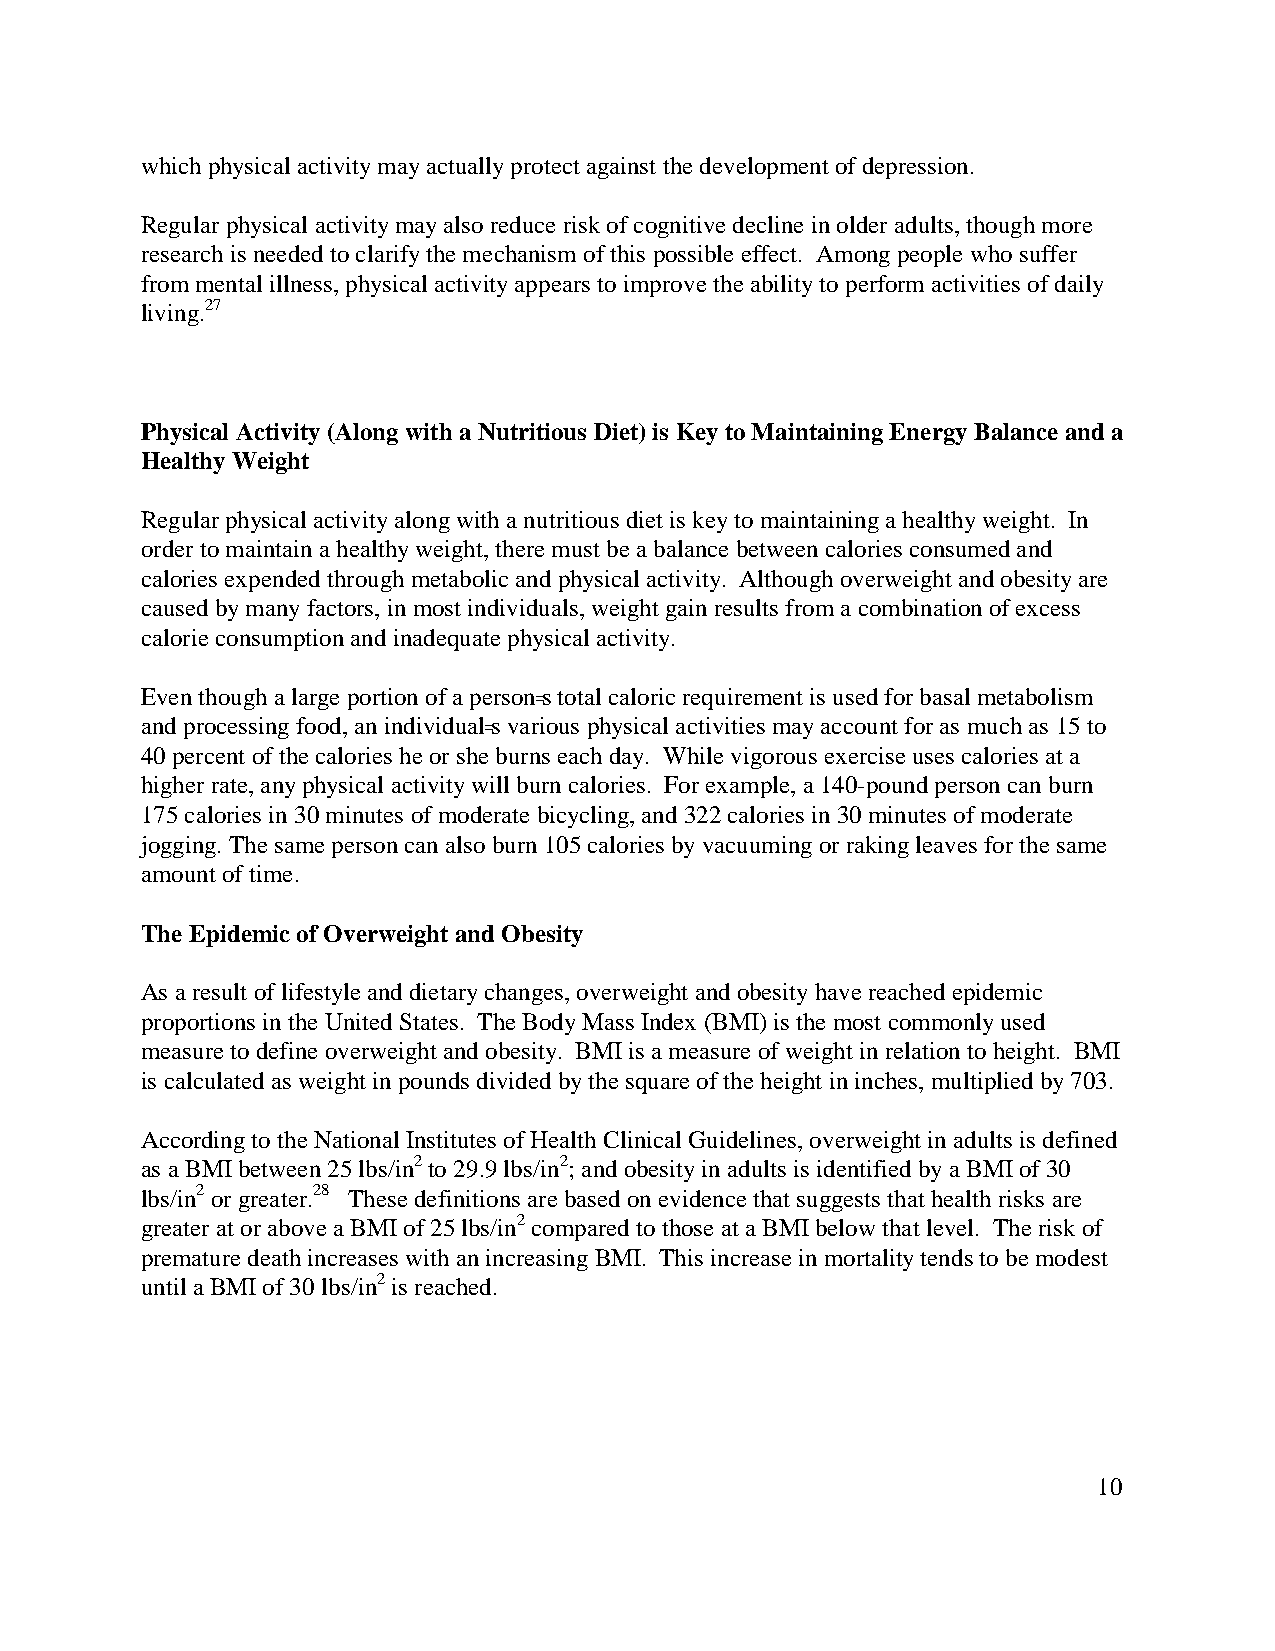
which physical activity may actually protect against the development of depression.
 Regular physical activity may also reduce risk of cognitive decline in older adults, though more
 research is needed to clarify the mechanism of this possible effect. Among people who suffer
 from mental illness, physical activity appears to improve the ability to perform activities of daily
 living.27
 Physical Activity (Along with a Nutritious Diet) is Key to Maintaining Energy Balance and a
 Healthy Weight
 Regular physical activity along with a nutritious diet is key to maintaining a healthy weight. In
 order to maintain a healthy weight, there must be a balance between calories consumed and
 calories expended through metabolic and physical activity. Although overweight and obesity are
 caused by many factors, in most individuals, weight gain results from a combination of excess
 calorie consumption and inadequate physical activity.
 Even though a large portion of a person=s total caloric requirement is used for basal metabolism
 and processing food, an individual=s various physical activities may account for as much as 15 to
 40 percent of the calories he or she burns each day. While vigorous exercise uses calories at a
 higher rate, any physical activity will burn calories. For example, a 140-pound person can burn
 175 calories in 30 minutes of moderate bicycling, and 322 calories in 30 minutes of moderate
 jogging. The same person can also burn 105 calories by vacuuming or raking leaves for the same
 amount of time.
 The Epidemic of Overweight and Obesity
 As a result of lifestyle and dietary changes, overweight and obesity have reached epidemic
 proportions in the United States. The Body Mass Index (BMI) is the most commonly used
 measure to define overweight and obesity. BMI is a measure of weight in relation to height. BMI
 is calculated as weight in pounds divided by the square of the height in inches, multiplied by 703.
 According to the National Institutes of Health Clinical Guidelines, overweight in adults is defined
 as a BMI between 25 lbs/in2 to 29.9 lbs/in2; and obesity in adults is identified by a BMI of 30
 lbs/in2 or greater.28 These definitions are based on evidence that suggests that health risks are
 greater at or above a BMI of 25 lbs/in2 compared to those at a BMI below that level. The risk of
 premature death increases with an increasing BMI. This increase in mortality tends to be modest
 until a BMI of 30 lbs/in2 is reached.
 10